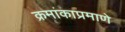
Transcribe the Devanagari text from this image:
क्रमांकाप्रमाणे